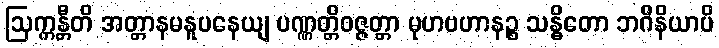
ဩက္ကန္တီတိ အတ္တာနမနူပနေယျ ပဏ္ဏတ္တိဝဇ္ဇတ္တာ မုဟဗဟာနဉ္စ သန္ဓိတော ဘဂိနိယာပိ